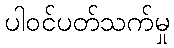
ပါဝင်ပတ်သက်မှု